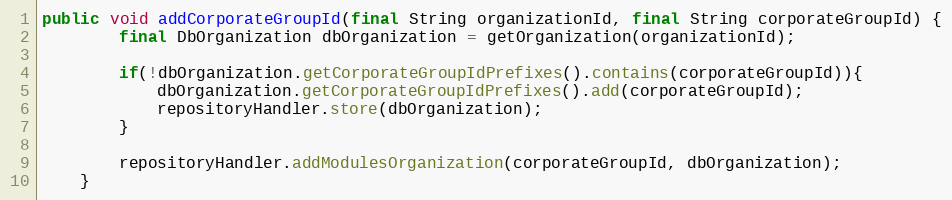
Language: Java
public void addCorporateGroupId(final String organizationId, final String corporateGroupId) {
        final DbOrganization dbOrganization = getOrganization(organizationId);

        if(!dbOrganization.getCorporateGroupIdPrefixes().contains(corporateGroupId)){
            dbOrganization.getCorporateGroupIdPrefixes().add(corporateGroupId);
            repositoryHandler.store(dbOrganization);
        }

        repositoryHandler.addModulesOrganization(corporateGroupId, dbOrganization);
    }